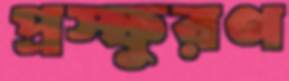
প্রস্ফুরণ